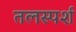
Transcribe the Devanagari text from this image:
तलस्पर्श